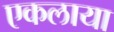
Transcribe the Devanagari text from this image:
एकलाया